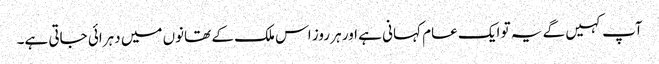
آپ کہیں گے یہ تو ایک عام کہانی ہے اور ہر روز اس ملک کے تھانوں میں دہرائی جاتی ہے۔